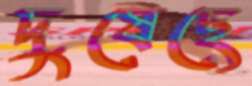
দুষেছে